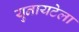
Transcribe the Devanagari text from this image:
युनायटेला